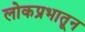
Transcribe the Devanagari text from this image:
लोकप्रभातून